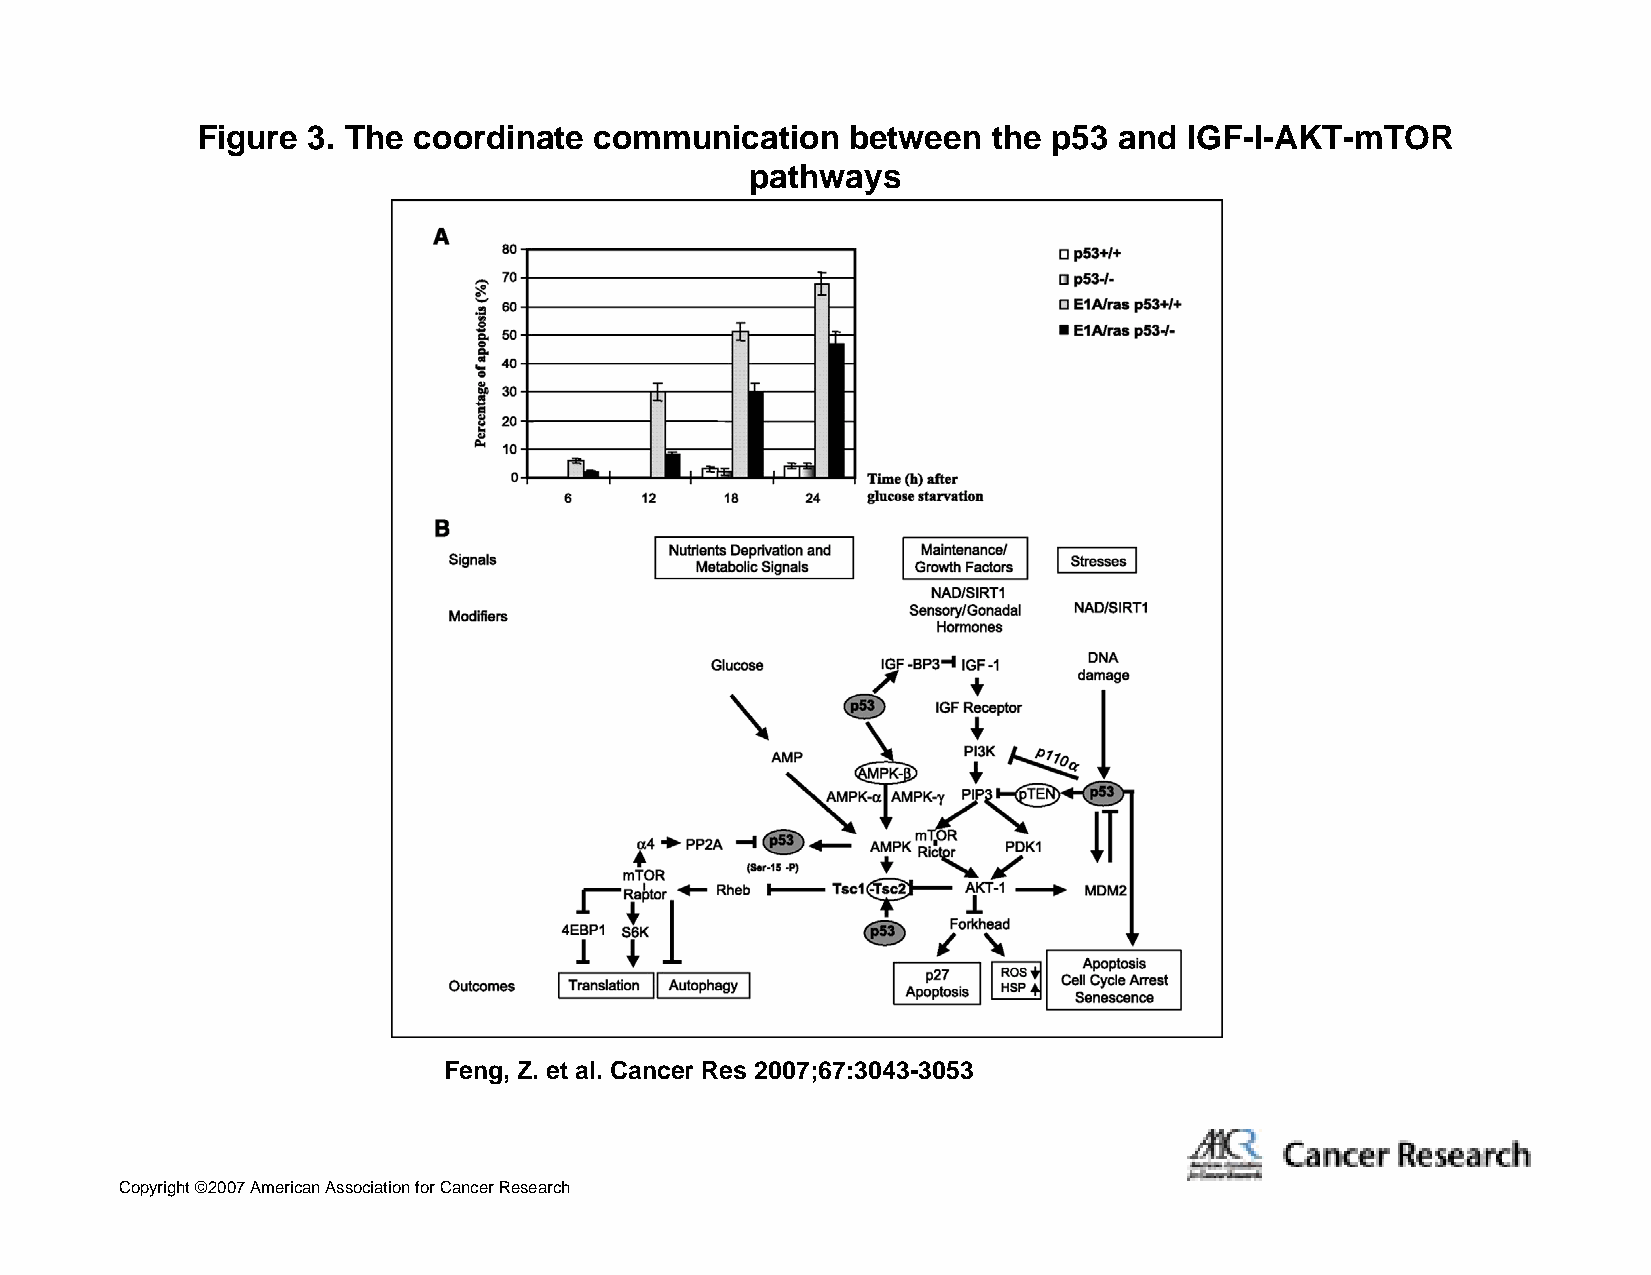
Figure 3. The coordinate  communication    between   the p53 and  IGF-I-AKT-mTOR
 pathways
 Feng, Z. et al. Cancer Res 2007;67:3043-3053
 Copyright ©2007 American Association for Cancer Research